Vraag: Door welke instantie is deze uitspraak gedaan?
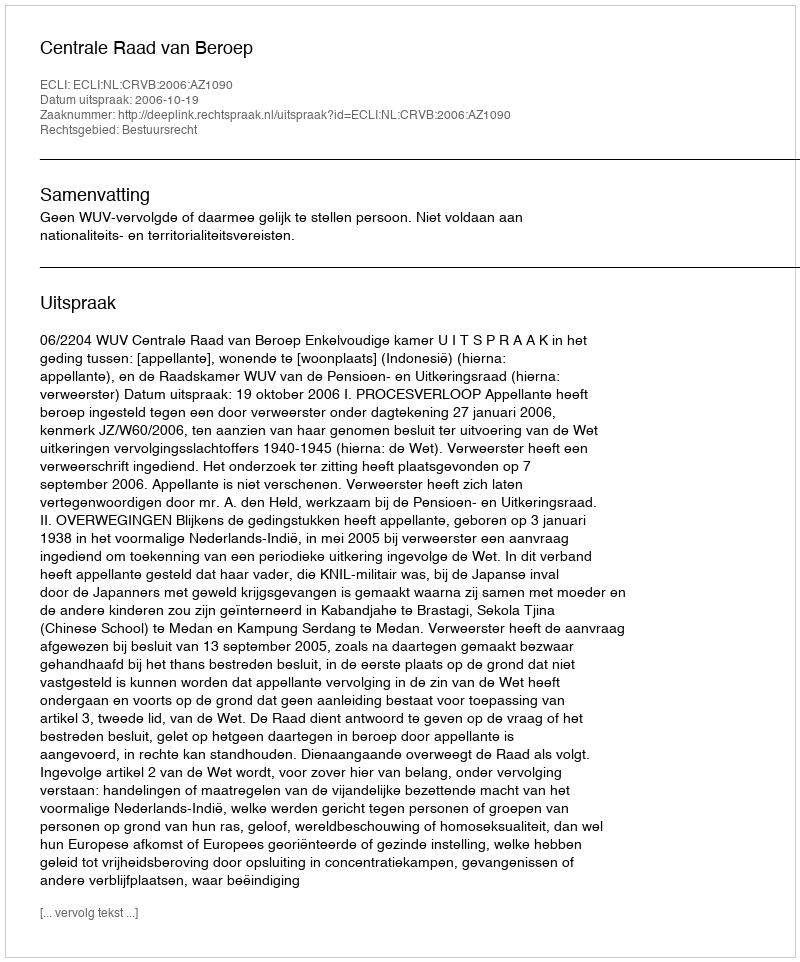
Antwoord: Centrale Raad van Beroep